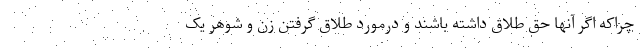
چراکه اگر آنها حق طلاق داشته باشند و درمورد طلاق گرفتن زن و شوهر یک